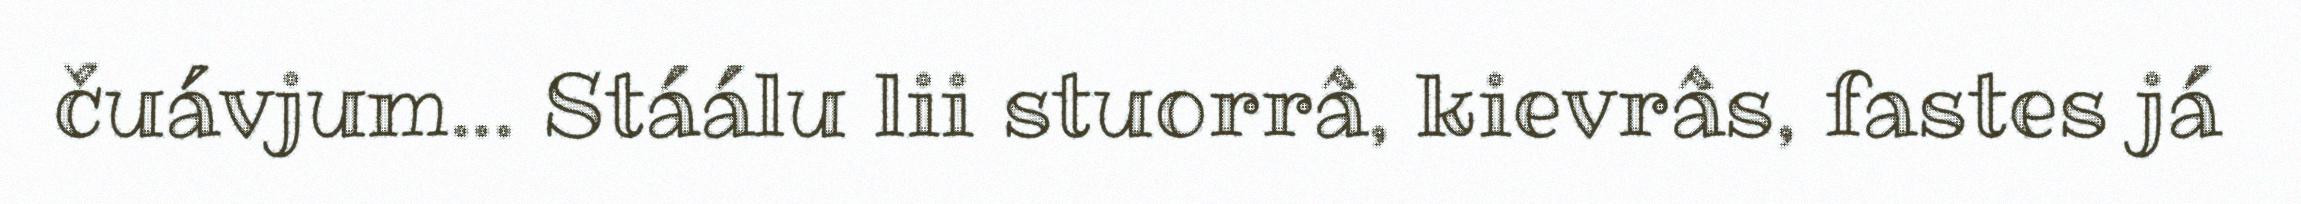
čuávjum... Stáálu lii stuorrâ, kievrâs, fastes já